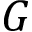
G